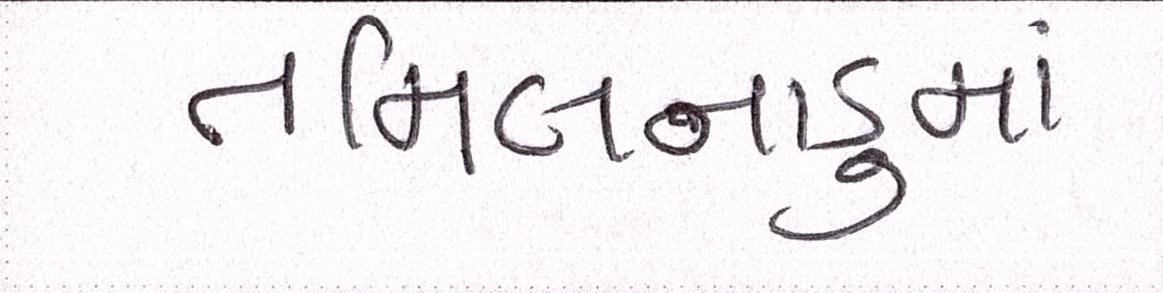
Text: તમિલનાડુમાં